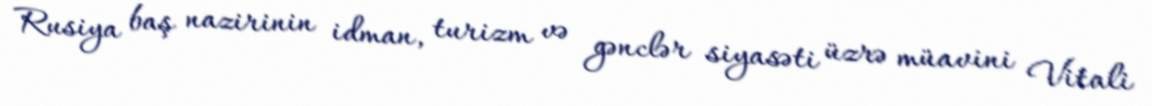
Rusiya baş nazirinin idman, turizm və gənclər siyasəti üzrə müavini Vitali